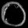
Digit: ၀